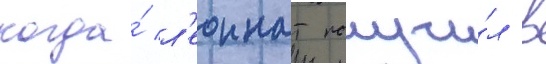
когда́ л'еоннат получи́л в